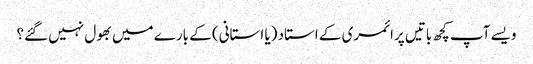
ویسے آپ کچھ باتیں پرائمری کے استاد (یا استانی) کے بارے میں بھول نہیں گئے؟